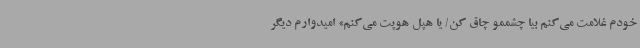
خودم غلامت می‌کنم بیا چشممو چاق کن/ یا هپل هوپت می‌کنم» امیدوارم دیگر